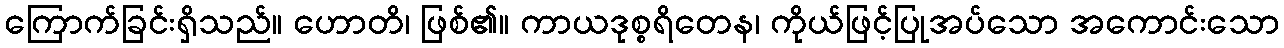
ကြောက်ခြင်းရှိသည်။ ဟောတိ၊ ဖြစ်၏။ ကာယဒုစ္စရိတေန၊ ကိုယ်ဖြင့်ပြုအပ်သော အကောင်းသော